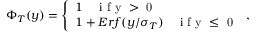
\Phi _ { T } ( y ) = \left\{ \begin{array} { l l } { 1 \quad \mathrm { ~ i ~ f ~ y ~ > ~ 0 ~ } } \\ { 1 + E r f ( y / \sigma _ { T } ) \quad \mathrm { ~ i ~ f ~ y ~ \le ~ 0 ~ } } \end{array} \right. ,